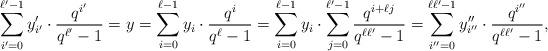
LaTeX: \begin{align*}\sum_{i'=0}^{\ell'-1}y_{i'}'\cdot \frac{q^{i'}}{q^{\ell'}-1} = y = \sum_{i=0}^{\ell-1} y_i \cdot \frac{q^i}{q^\ell-1} = \sum_{i=0}^{\ell-1} y_i \cdot \sum_{j=0}^{\ell'-1} \frac{q^{i+\ell j}}{q^{\ell\ell'}-1} = \sum_{i''=0}^{\ell\ell'-1} y_{i''}'' \cdot \frac{q^{i''}}{q^{\ell\ell'}-1},\end{align*}